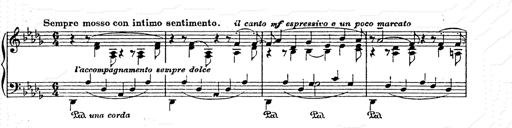
Title: AnnÃ©es de pÃ¨lerinage II
Composer: Franz Liszt